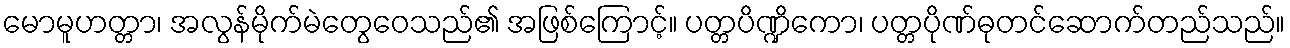
မောမူဟတ္တာ၊ အလွန်မိုက်မဲတွေဝေသည်၏ အဖြစ်ကြောင့်။ ပတ္တပိဏ္ဍိကော၊ ပတ္တပိုဏ်ဓုတင်ဆောက်တည်သည်။